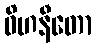
ဝိဟနီတော